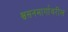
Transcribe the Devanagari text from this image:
श्वसनमार्गावरील